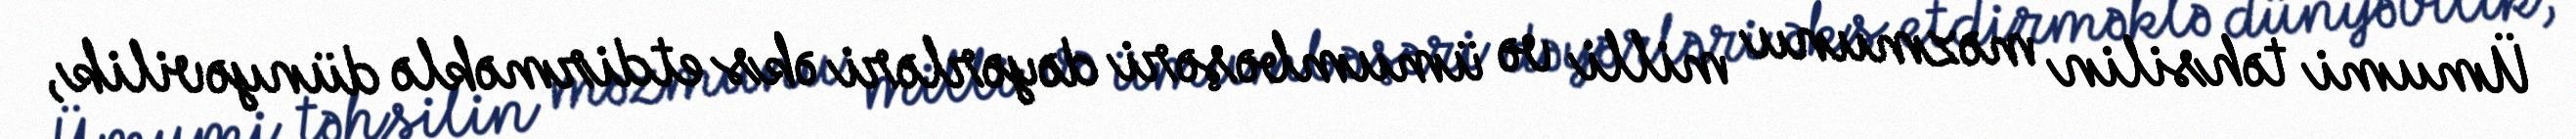
Ümumi təhsilin məzmunu milli və ümumbəşəri dəyərləri əks etdirməklə dünyəvilik,